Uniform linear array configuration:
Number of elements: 48
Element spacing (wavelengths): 0.25
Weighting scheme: uniform
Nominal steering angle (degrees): -15
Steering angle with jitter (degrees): -13.062
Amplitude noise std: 0.05
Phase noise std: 0.05

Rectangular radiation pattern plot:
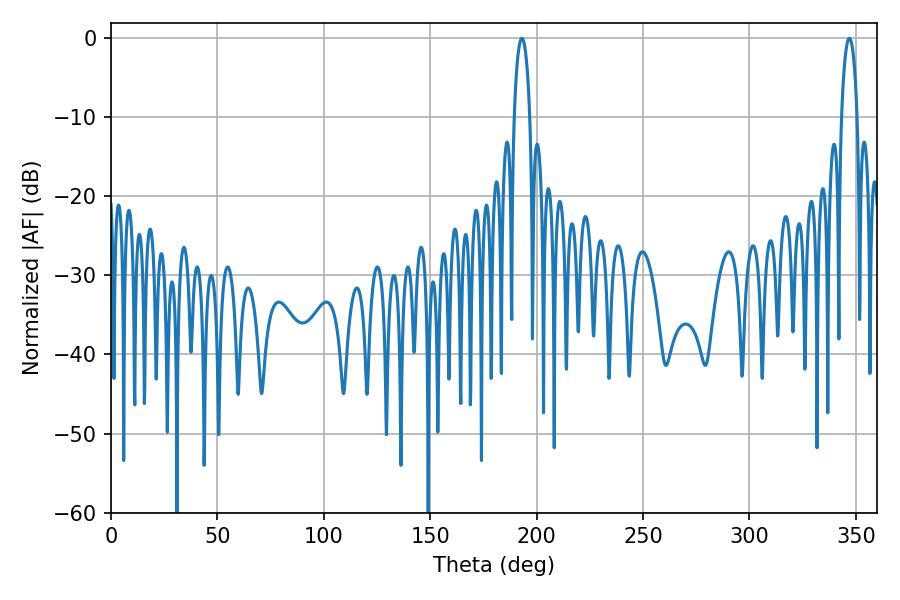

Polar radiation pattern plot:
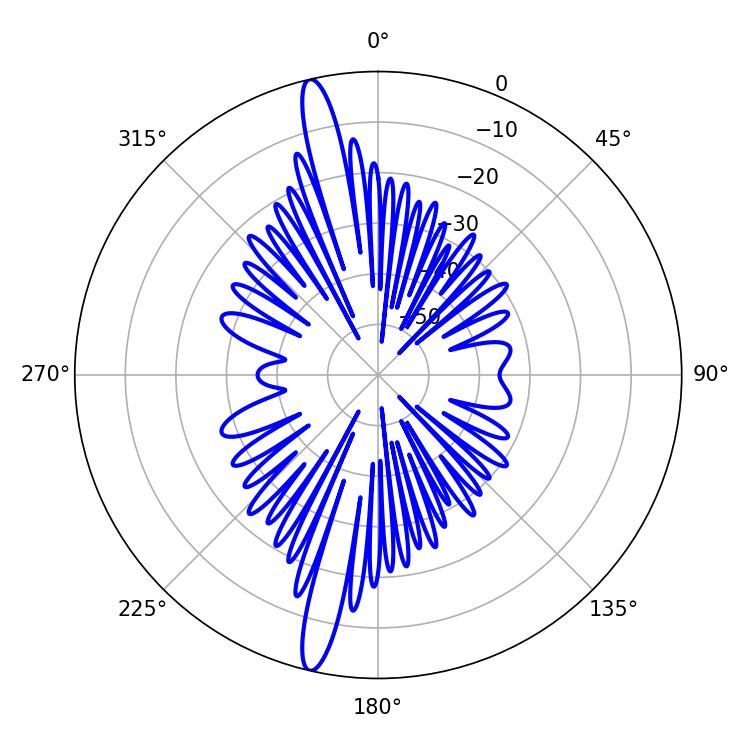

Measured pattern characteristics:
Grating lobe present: FALSE
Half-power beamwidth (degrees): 4.14
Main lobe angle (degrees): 193.14